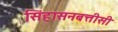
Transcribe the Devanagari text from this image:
सिंहासनबत्तीसी